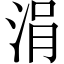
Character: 涓